Vaccination report Assam 1896-1927 - 1896-1927
Year: 1896
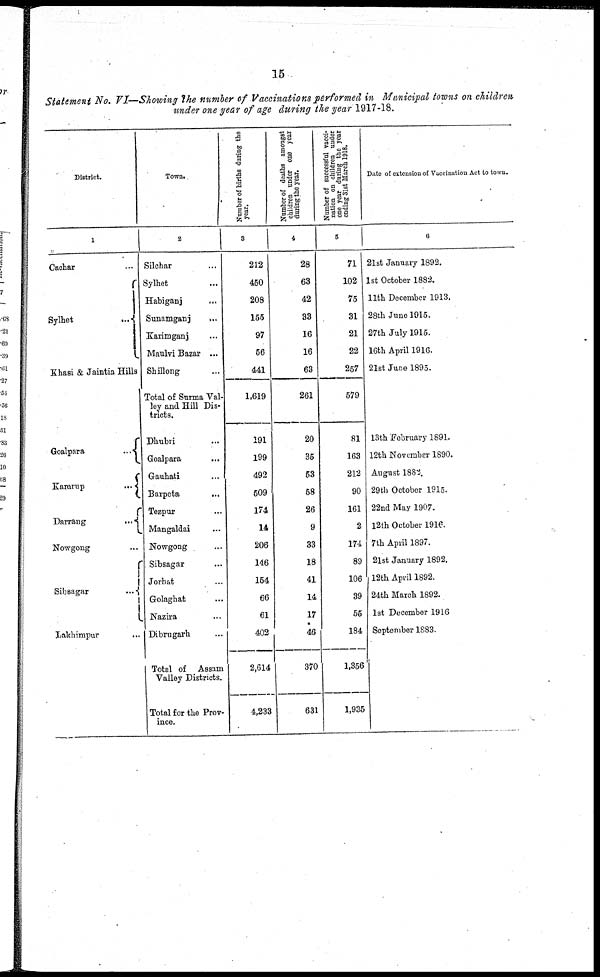
15
Statement No. VI—Showing the number of Vaccinations performed in Municipal towns on children
under one year of age during the year 1917-18.
District.
1
Cachar ...
Sylhet
...
Khasi & Jaintia Hills
Goalpara
...
Kamrup
...
Darrang
...
Nowgong ...
Sibsagar
...
Lakhimpur ...
Town.
2
Silchar ...
Sylhet ...
Habiganj
...
Sunamganj
...
Karimganj ...
Maulvi Bazar ...
Shillong ...
Total of Surma Val-
ley and Hill Dis-
tricts.
Dhubri ...
Goalpara ...
Gauhati ...
Barpeta
...
Tezpur ...
Mangaldai ...
Nowgong ...
Sibsagar
...
Jorhat ...
Golaghat ...
Nazira ...
Dibrugarh ...
Total of Assam
Valley Districts.
Total for the Prov-
ince.
Number of births during the
year.
3
212
450
208
155
97
56
441
1,619
191
199
492
509
174
14
206
146
154
66
61
402
2,614
4,233
Number of deaths amongst
children under one year
during the year.
4
28
63
42
33
16
16
63
261
20
35
53
58
26
9
33
18
41
14
17
46
370
631
Number of successful vacci-
nation on children under
one year during the year
ending 31st March 1918.
5
71
102
75
31
21
22
257
579
81
163
212
90
161
2
174
89
106
39
55
184
1,356
1,935
Date of extension of Vaccination Act to town.
6
21st January 1892.
1st October 1882.
11th December 1913.
28th June 1915.
27th July 1915.
16th April 1916.
21st June 1895.
13th February 1891.
12th November 1890.
August 1883.
29th October 1915.
22nd May 1907.
12th October 1916.
7th April 1897.
21st January 1892.
12th April 1892.
24th March 1892.
1st December 1916
September 1883.